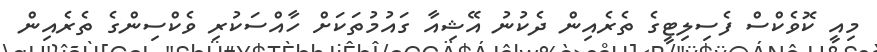
މިއީ ކޮވެކްސް ފެސިލިޓީގެ ތެރެއިން ދެކުނު އޭޝިއާ ގައުމުތަކަށް ހާއްސަކުރި ވެކްސިންގެ ތެރެއިން